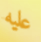
عليه